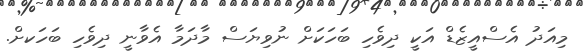
މިއަދު އެސްއީޒެޑް އަކީ ދިވެހި ބަހަކަށް ނުވިޔަސް މާދަމާ އެވާނީ ދިވެހި ބަހަކށް.